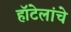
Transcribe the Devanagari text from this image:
हॉटेलांचे